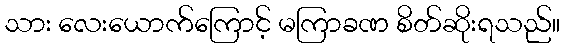
သား လေးယောက်ကြောင့် မကြာခဏ စိတ်ဆိုးရသည်။